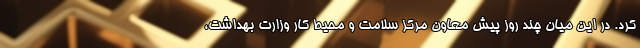
کرد. در این میان چند روز پیش معاون مرکز سلامت و محیط کار وزارت بهداشت،